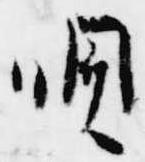
唄